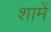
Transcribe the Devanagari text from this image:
शामें